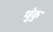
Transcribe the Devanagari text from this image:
थुंकु